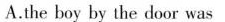
A.the boy by the door was